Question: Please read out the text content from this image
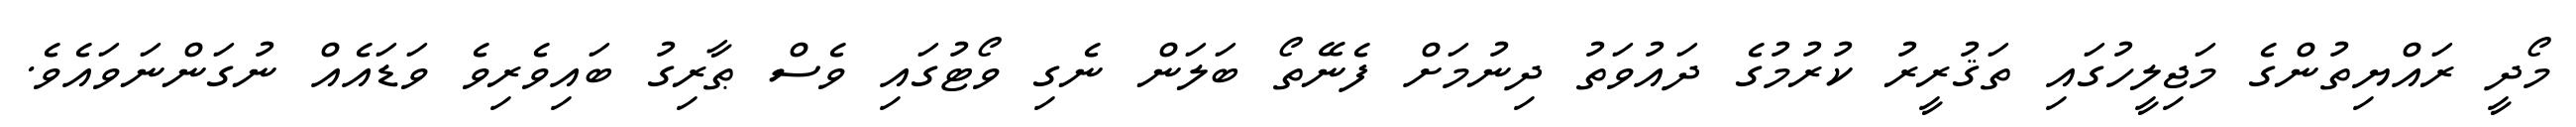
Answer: މޯދީ ރައްޔިތުންގެ މަޖިލީހުގައި ތަޤުރީރު ކުރުމުގެ ދައުވަތު ދިނުމަށް ފެނޭތޯ ބަލަން ނެގި ވޯޓުގައި ވެސް ޠާރިގު ބައިވެރިވެ ވަޑައެއް ނުގަންނަވައެވެ.